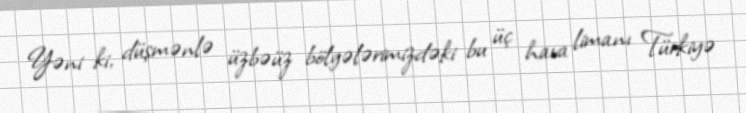
Yəni ki, düşmənlə üzbəüz bölgələrimizdəki bu üç hava limanı Türkiyə